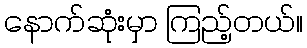
နောက်ဆုံးမှာ ကြည့်တယ်။